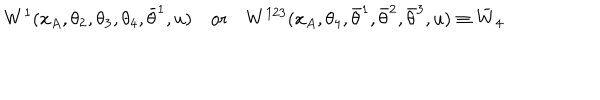
W ^ { 1 } ( x _ { A } , \theta _ { 2 } , \theta _ { 3 } , \theta _ { 4 } , \bar { \theta } ^ { 1 } , u ) \quad \mathrm { o r } \quad W ^ { 1 2 3 } ( x _ { A } , \theta _ { 4 } , \bar { \theta } ^ { 1 } , \bar { \theta } ^ { 2 } , \bar { \theta } ^ { 3 } , u ) \equiv \bar { W } _ { 4 }